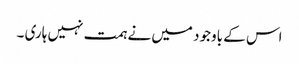
اس کے باوجود میں نے ہمت نہیں ہاری ۔